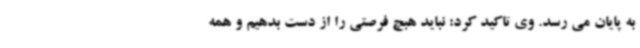
به پایان می رسد. وی تاکید کرد: نباید هبچ فرصتی را از دست بدهیم و همه